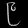
Digit: ၉